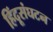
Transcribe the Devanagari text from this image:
हिंदूसंघटन